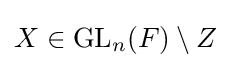
X\in \mathrm {GL} _{n}(F)\setminus Z